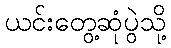
ယင်းတွေ့ဆုံပွဲသို့